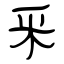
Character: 釆